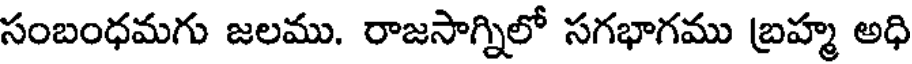
సంబంధమగు జలము. రాజసాగ్నిలో సగభాగము బ్రహ్మ అధి